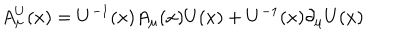
A _ { \mu } ^ { U } ( x ) = U ^ { - 1 } ( x ) A _ { \mu } ( x ) U ( x ) + U ^ { - 1 } ( x ) \partial _ { \mu } U ( x )